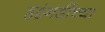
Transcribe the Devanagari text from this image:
हट्टंगडींच्या